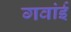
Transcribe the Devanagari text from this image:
गवांई